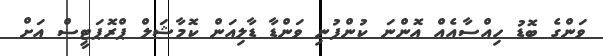
ވަންގެ ބޮޑު ހިއްސާއެއް އޮންނަ ކުންފުނި ވަންޑާ ޑާލިއަން ކޮމާޝަލް ޕްރޮޕަޓީސް އަށް